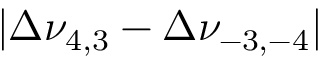
| \Delta \nu _ { 4 , 3 } - \Delta \nu _ { - 3 , - 4 } |